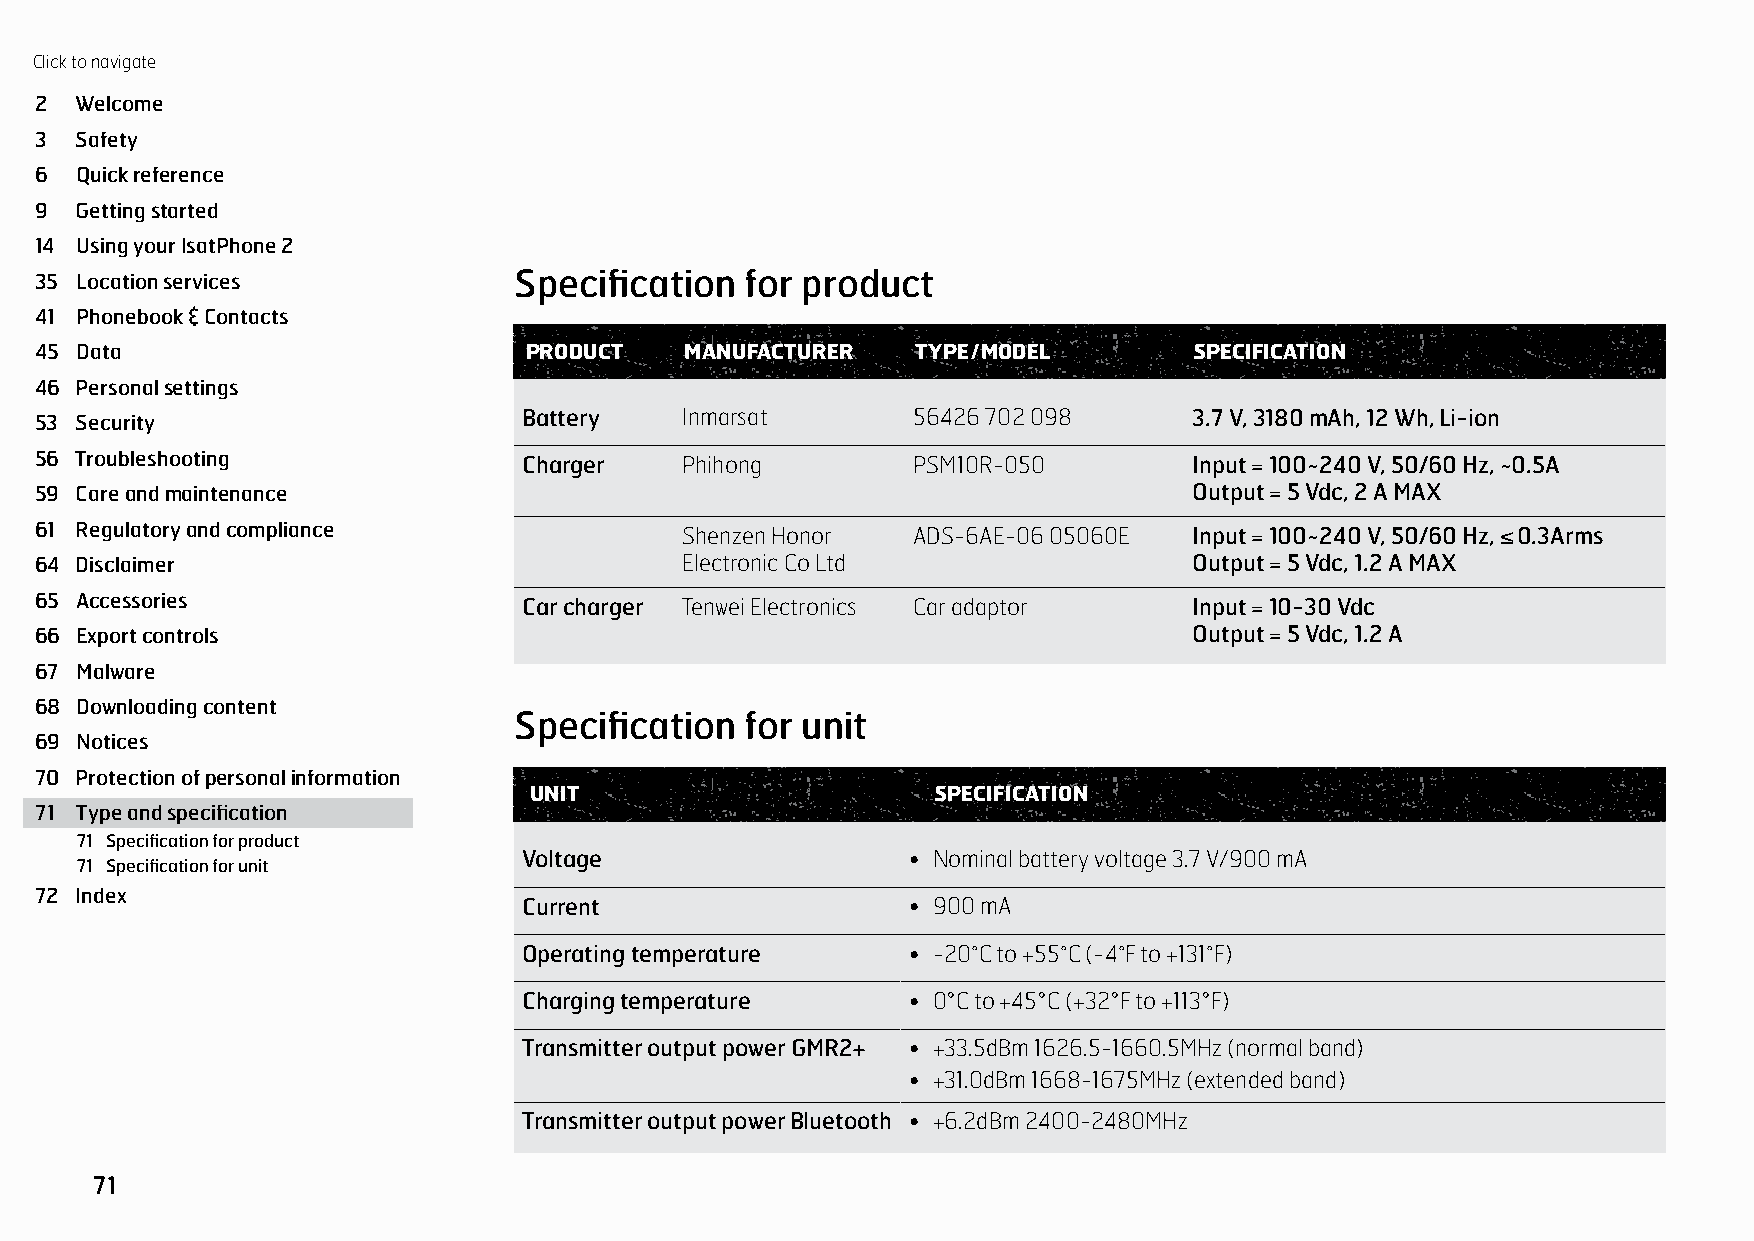
Click to navigate
 TYPE           AND         SPECIFICATION
 2  Welcome
 3  Safety
 6  Quick reference
 9  Getting started
 14 Using your IsatPhone 2
 35 Location services            Specification  for product
 41 Phonebook & Contacts
 45 Data                          PRODUCT   MANUFACTURER    TYPE / MODEL      SPECIFICATION
 46 Personal settings
 Battery   Inmarsat       56426 702 098      3.7 V, 3180 mAh, 12 Wh, Li-ion
 53 Security
 56 Troubleshooting               Charger   Phihong        PSM10R-050         Input = 100~240 V, 50/60 Hz, ~0.5A
 59 Care and maintenance                                                      Output = 5 Vdc, 2 A MAX
 61 Regulatory and compliance               Shenzen Honor  ADS-6AE-06 05060E  Input = 100~240 V, 50/60 Hz, ≤ 0.3Arms
 64 Disclaimer                              Electronic Co Ltd                 Output = 5 Vdc, 1.2 A MAX
 65 Accessories                   Car charger Tenwei Electronics Car adaptor  Input = 10-30 Vdc
 66 Export controls                                                           Output = 5 Vdc, 1.2 A
 67 Malware
 68 Downloading content
 Specification  for unit
 69 Notices
 70 Protection of personal information
 UNIT                       SPECIFICATION
 71 Type and specification
 71 Specification for product
 Voltage                  • Nominal battery voltage 3.7 V/900 mA
 71 Specification for unit
 72 Index
 Current                  • 900 mA
 Operating temperature    • -20̊C to +55̊C (-4̊F to +131̊F)
 Charging temperature     • 0°C to +45°C (+32°F to +113°F)
 Transmitter output power GMR2+ • +33.5dBm 1626.5-1660.5MHz (normal band)
 • +31.0dBm 1668-1675MHz (extended band)
 Transmitter output power Bluetooth • +6.2dBm 2400-2480MHz
 71